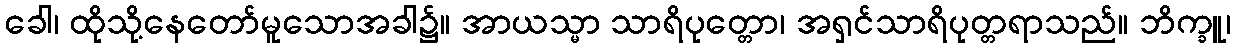
ခေါ၊ ထိုသို့နေတော်မူသောအခါ၌။ အာယသ္မာ သာရိပုတ္တော၊ အရှင်သာရိပုတ္တရာသည်။ ဘိက္ခူ၊